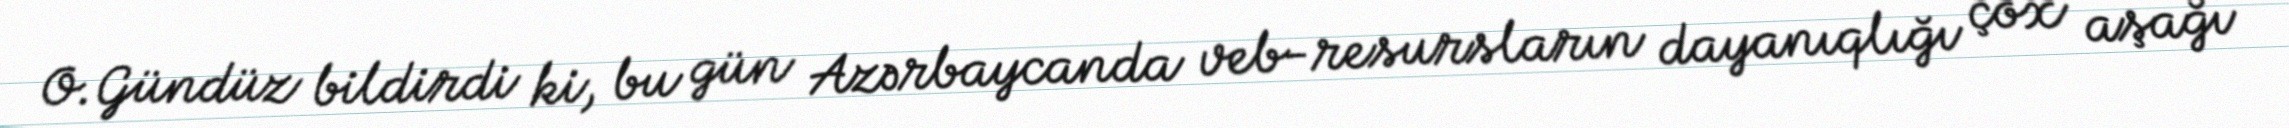
O.Gündüz bildirdi ki, bu gün Azərbaycanda veb-resursların dayanıqlığı çox aşağı